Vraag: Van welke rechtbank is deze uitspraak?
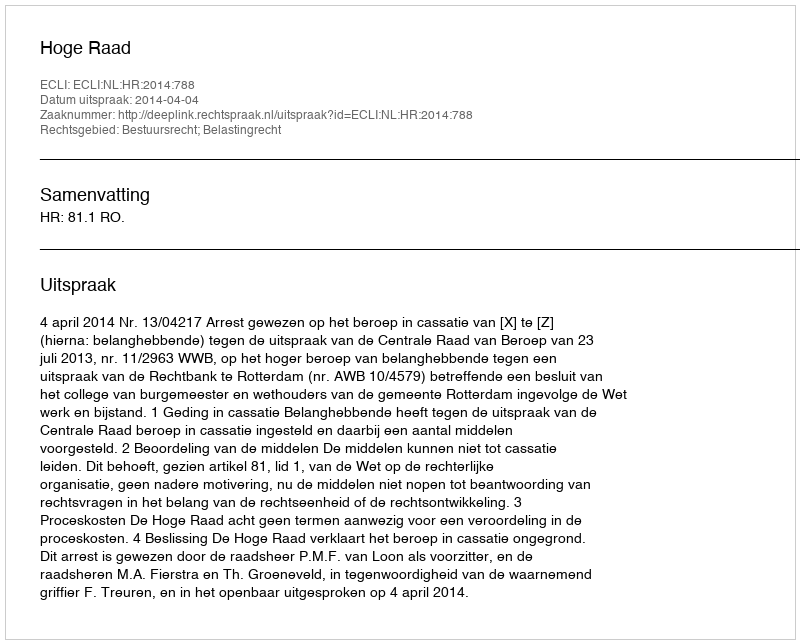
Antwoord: Hoge Raad